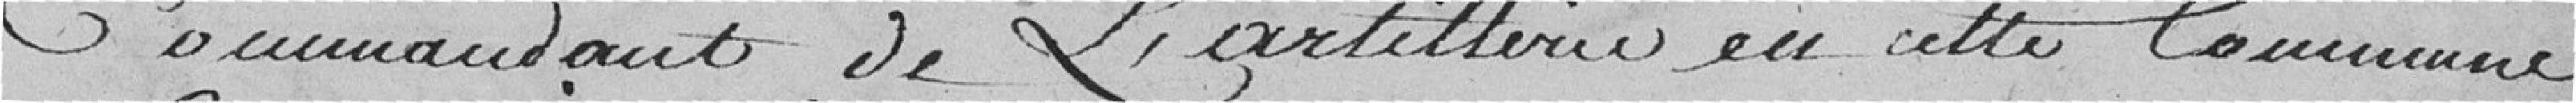
Commandant de l'artillerie en cette Commune